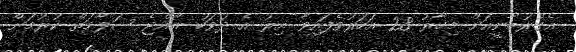
އެގުރުބާނީއަށް މިހާރު 28 އަހަރުވެފައިވާ އިރު އެ ދުވަހު ރާއްޖެ ސަލާމަތް ކުރުމަށް